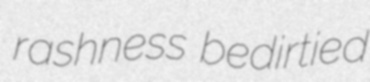
rashness bedirtied